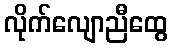
လိုက်လျောညီထွေ